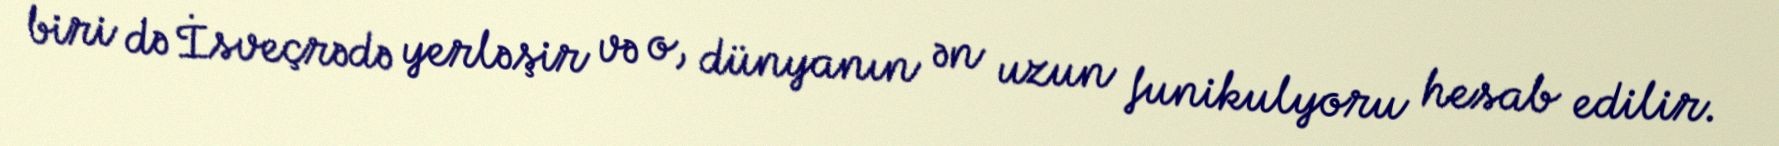
biri də İsveçrədə yerləşir və o, dünyanın ən uzun funikulyoru hesab edilir.